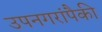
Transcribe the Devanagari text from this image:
उपनगरांपैकी